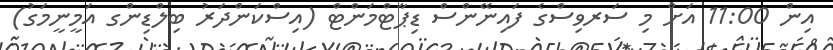
އިން 11:00 އަށް މި ސަރވިސްގެ ފައިނޭންސް ޑިޕާޓްމަންޓް (އިސްކަންދަރު ބިލްޑިންގ އަމީނީމަގު)